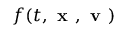
f ( t , \textbf { x } , \textbf { v } )